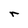
Character: r